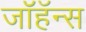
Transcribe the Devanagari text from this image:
जॉहॅन्स